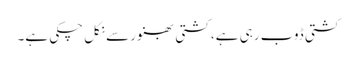
کشتی ڈوب رہی ہے، کشتی بھنور سے نکل چکی ہے۔